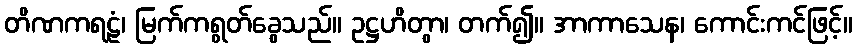
တိဏကရဠံ၊ မြက်ကရွတ်ခွေသည်။ ဥဋ္ဌဟိတွာ၊ တက်၍။ အာကာသေန၊ ကောင်းကင်ဖြင့်။